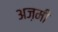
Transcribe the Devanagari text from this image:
अज़मी